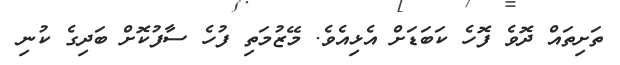
ތަށިތައް ދޮވެ ފޮހެ ކަބަޑަށް އެޅިއެވެ. މޭޒުމަތި ފުހެ ސާފުކޮށް ބަދިގެ ކުނި